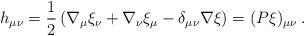
LaTeX: \begin{align*}h_{\mu\nu} = \frac{1}{2} \left( \nabla_{\mu}\xi_{\nu} + \nabla_{\nu}\xi_{\mu} - \delta_{\mu\nu} \nabla \xi \right) = (P\xi)_{\mu\nu} \: .\end{align*}